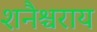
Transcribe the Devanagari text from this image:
शनैश्चराय